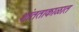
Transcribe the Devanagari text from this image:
शांतताकाळात